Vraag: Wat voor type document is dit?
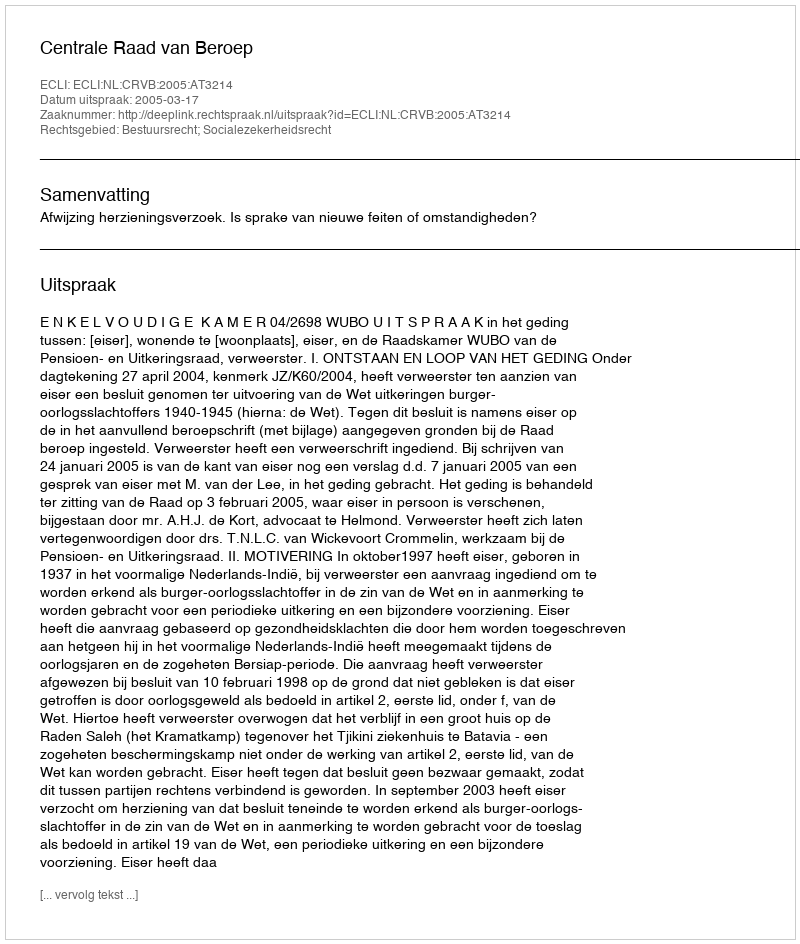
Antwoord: Uitspraak